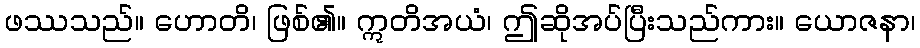
ဖဿသည်။ ဟောတိ၊ ဖြစ်၏။ ဣတိအယံ၊ ဤဆိုအပ်ပြီးသည်ကား။ ယောဇနာ၊